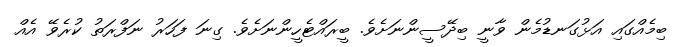
ބިމެއްގައި އަޅުގަނޑުމެން ވާނީ ބިދޭސީންނަށެވެ. ބީރައްޓެހީންނަށެވެ. ގިނަ ފަހަރު ނަފްރަތު ކުރެވޭ އެއް